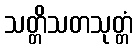
သတ္တိသတသုတ္တံ